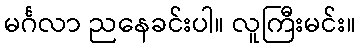
မင်္ဂလာ ညနေခင်းပါ။ လူကြီးမင်း။